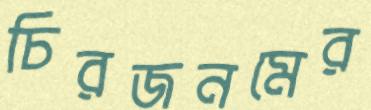
চিরজনমের